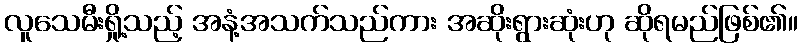
လူသေမီးရှို့သည့် အနံ့အသက်သည်ကား အဆိုးရွားဆုံးဟု ဆိုရမည်ဖြစ်၏။